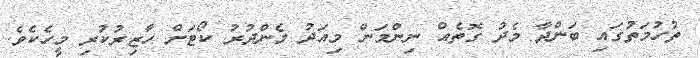
ތުހުމަތުގައި ބަންދާ މެދު ގޮތެއް ނިންމަން މިއަދު މެންދުރު ކޯޓަށް ހާޒިރުކުރި މީހެކެވެ.